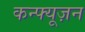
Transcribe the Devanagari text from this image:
कन्फ्यूज़न